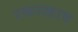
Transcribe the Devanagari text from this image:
रकरखाव